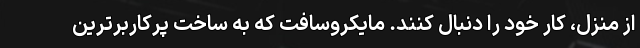
از منزل، کار خود را دنبال کنند. مایکروسافت که به ساخت پرکاربرترین